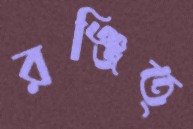
রঞ্জিত্